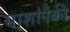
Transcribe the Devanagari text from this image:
माशांपैकी